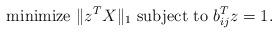
LaTeX: \begin{align*}\textrm{minimize } \|z^T X\|_1 \textrm{ subject to } b_{ij}^T z = 1.\end{align*}